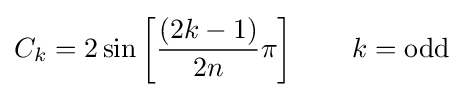
C_{k}=2\sin \left[{\frac {(2k-1)}{2n}}\pi \right]\qquad k={\text{odd}}